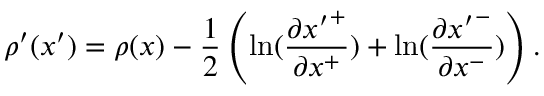
\rho ^ { \prime } ( x ^ { \prime } ) = \rho ( x ) - \frac { 1 } { 2 } \left( \ln ( \frac { \partial { x ^ { \prime } } ^ { + } } { \partial x ^ { + } } ) + \ln ( \frac { \partial { x ^ { \prime } } ^ { - } } { \partial x ^ { - } } ) \right) .